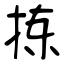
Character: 拣